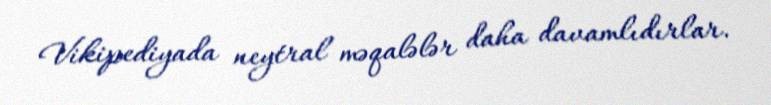
Vikipediyada neytral məqalələr daha davamlıdırlar.